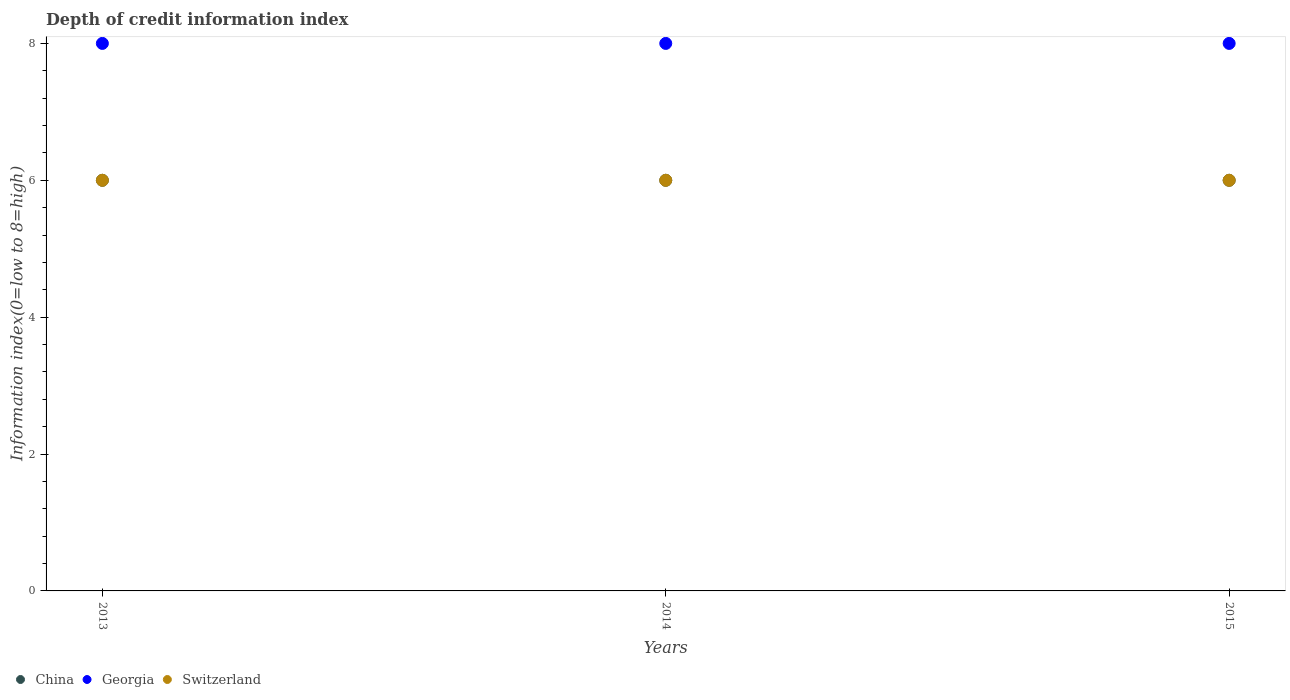
| Years | China | Georgia | Switzerland |
 | --- | --- | --- | --- |
 | 2013 | 6 | 8 | 6 |
 | 2014 | 6 | 8 | 6 |
 | 2015 | 6 | 8 | 6 |